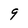
Character: g